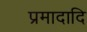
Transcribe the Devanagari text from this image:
प्रमादादि